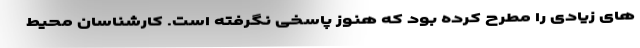
های زیادی را مطرح کرده بود که هنوز پاسخی نگرفته است. کارشناسان محیط